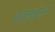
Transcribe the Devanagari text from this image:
कर्मांनुसार